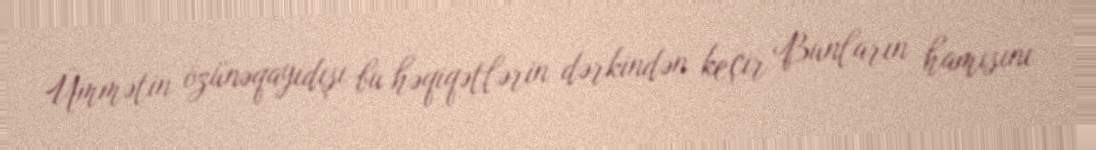
Ümmətin özünəqayıdışı bu həqiqətlərin dərkindən keçir Bunların hamısını